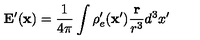
\mathbf { E } ^ { \prime } ( \mathbf { x } ) = \frac { 1 } { 4 \pi } \int \rho _ { e } ^ { \prime } ( \mathbf { x } ^ { \prime } ) \frac { \mathbf { r } } { r ^ { 3 } } d ^ { 3 } x ^ { \prime }